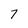
Character: 7